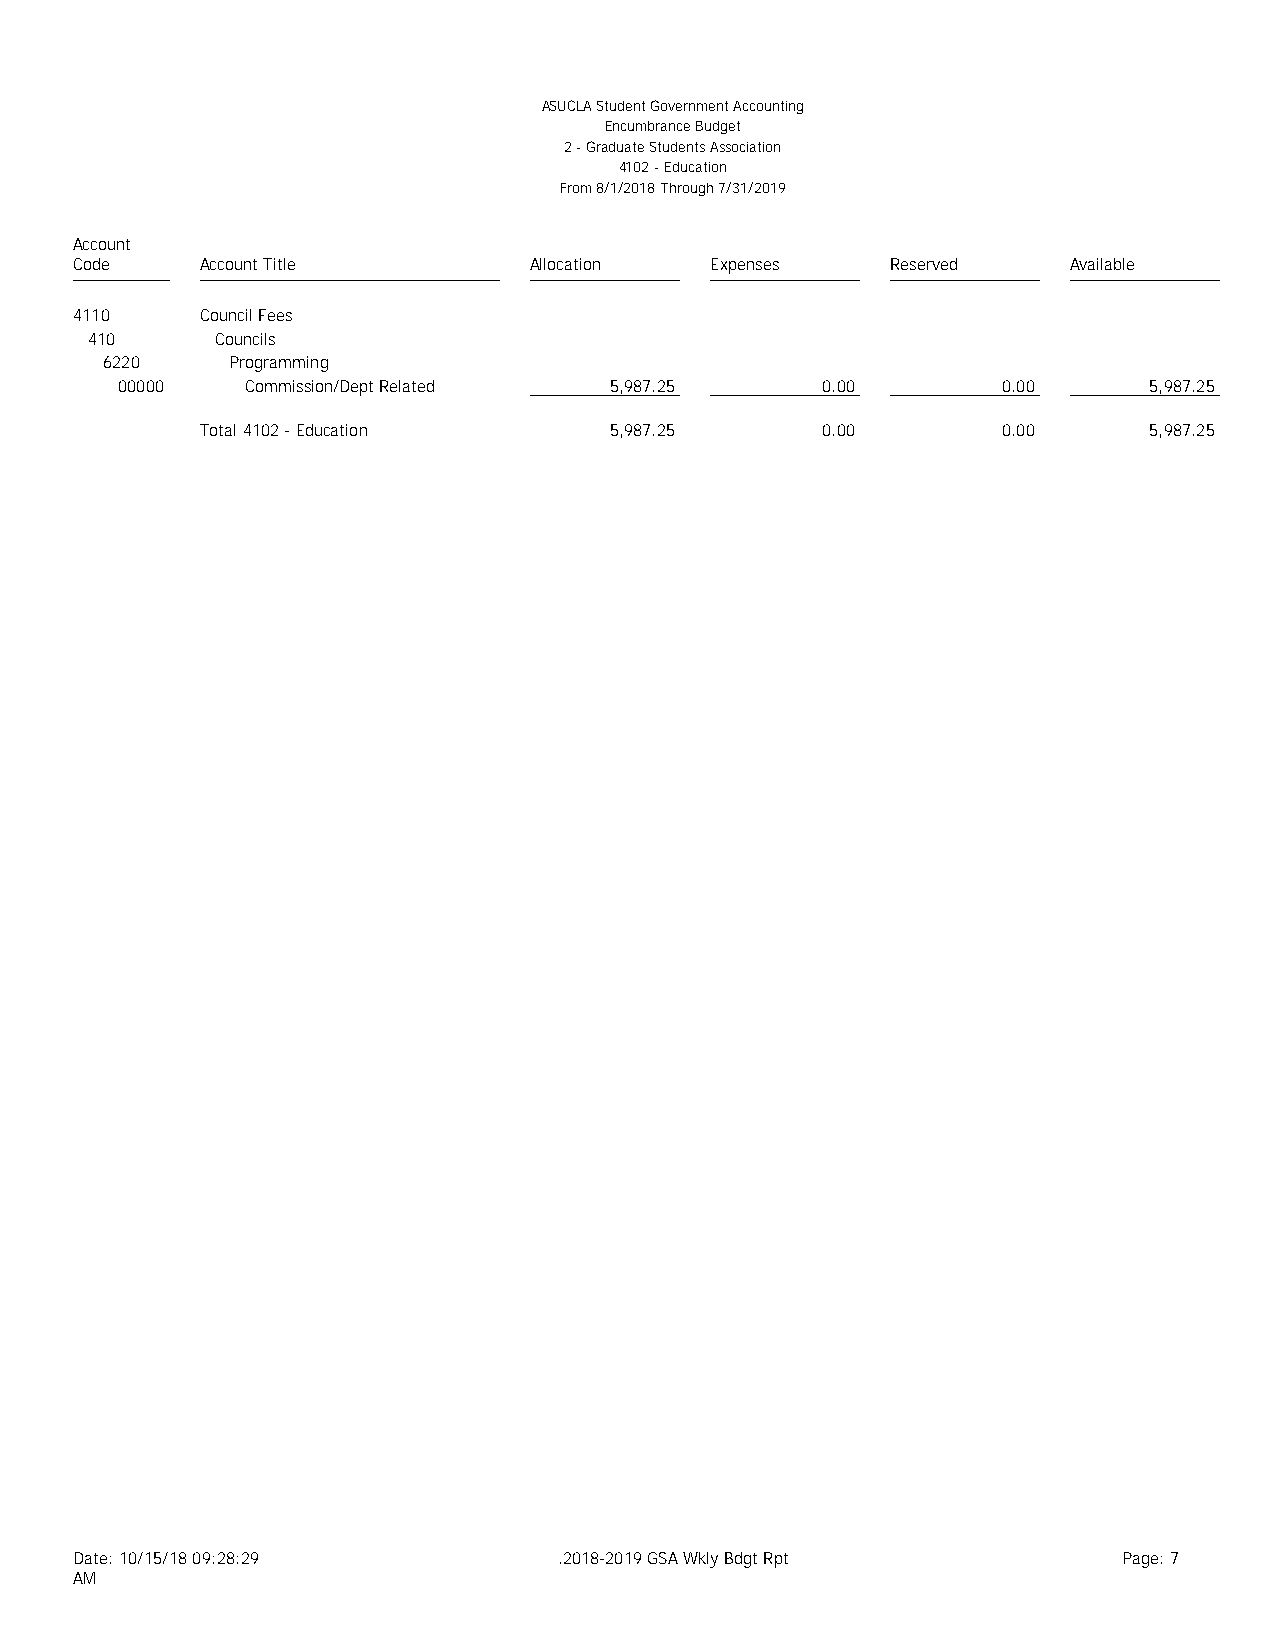
ASUCLA Student Government Accounting
 Encumbrance Budget
 2 - Graduate Students Association
 4102 - Education
 From 8/1/2018 Through 7/31/2019
 Account
 Code    Account Title         Allocation  Expenses    Reserved    Available
 4110    Council Fees
 410     Councils
 6220    Programming
 00000   Commission/Dept Related 5,987.25      0.00        0.00      5,987.25
 Total 4102 - Education     5,987.25      0.00        0.00      5,987.25
 Date: 10/15/18 09:28:29         .2018-2019 GSA Wkly Bdgt Rpt         Page: 7
 AM